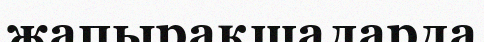
жапырақшаларда